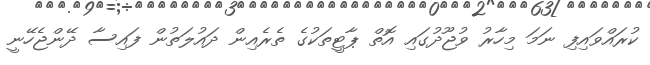
ކުރައްވައިފި ނަމަ މިހާރު ވުޖޫދުގައި އޮތް ޕާޓީތަކުގެ ތެރެއިން ދައުލަތުން ފައިސާ ދޭންޖެހޭނީ